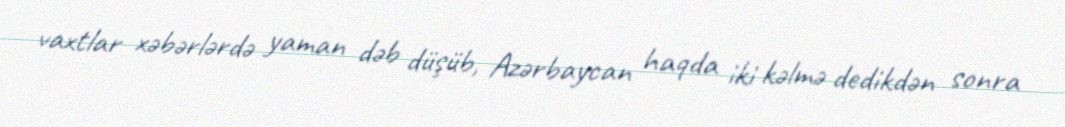
vaxtlar xəbərlərdə yaman dəb düşüb, Azərbaycan haqda iki kəlmə dedikdən sonra